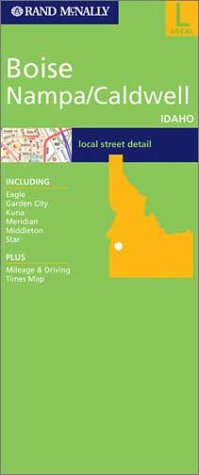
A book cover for Boise/ Nampa/ Caldwell, Idaho (City Maps-USA); Rand McNally; Travel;